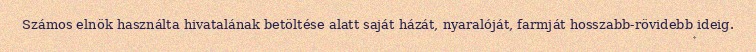
Számos elnök használta hivatalának betöltése alatt saját házát, nyaralóját, farmját hosszabb-rövidebb ideig.